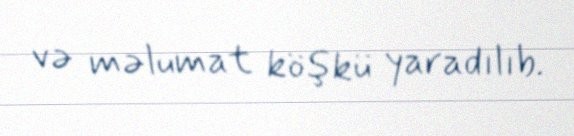
və məlumat köşkü yaradılıb.